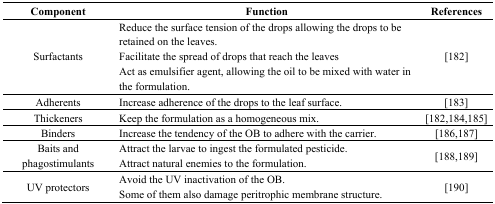
| Component | Function | References |
 | --- | --- | --- |
 | Surfactants | Reduce the surface tension of the drops allowing the drops to be retained on the leaves. Facilitate the spread of drops that reach the leaves Act as emulsifier agent, allowing the oil to be mixed with water in the formulation. | [182] |
 | Adherents | Increase adherence of the drops to the leaf surface. | [183] |
 | Thickeners | Keep the formulation as a homogeneous mix. | [182,184,185] |
 | Binders | Increase the tendency of the OB to adhere with the carrier. | [186,187] |
 | Baits and phagostimulants | Attract the larvae to ingest the formulated pesticide. Attract natural enemies to the formulation. | [188,189] |
 | UV protectors | Avoid the UV inactivation of the OB. Some of them also damage peritrophic membrane structure. | [190] |